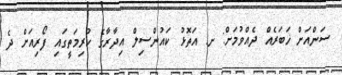
ސަންއަށް ޚަބަރެއް ދެއްވުމަށް: ށ. އަތޮޅު ކަައުންސިލް އިދާރާގެ ކުރިމަތީގައި ފޯރިއަށް ދެ